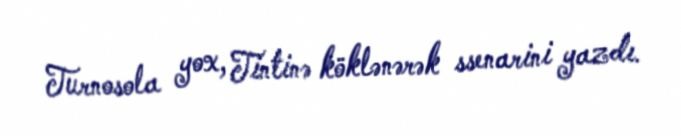
Turnosola yox, Tintinə köklənərək ssenarini yazdı.